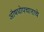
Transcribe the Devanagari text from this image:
औषधोपचाराचे